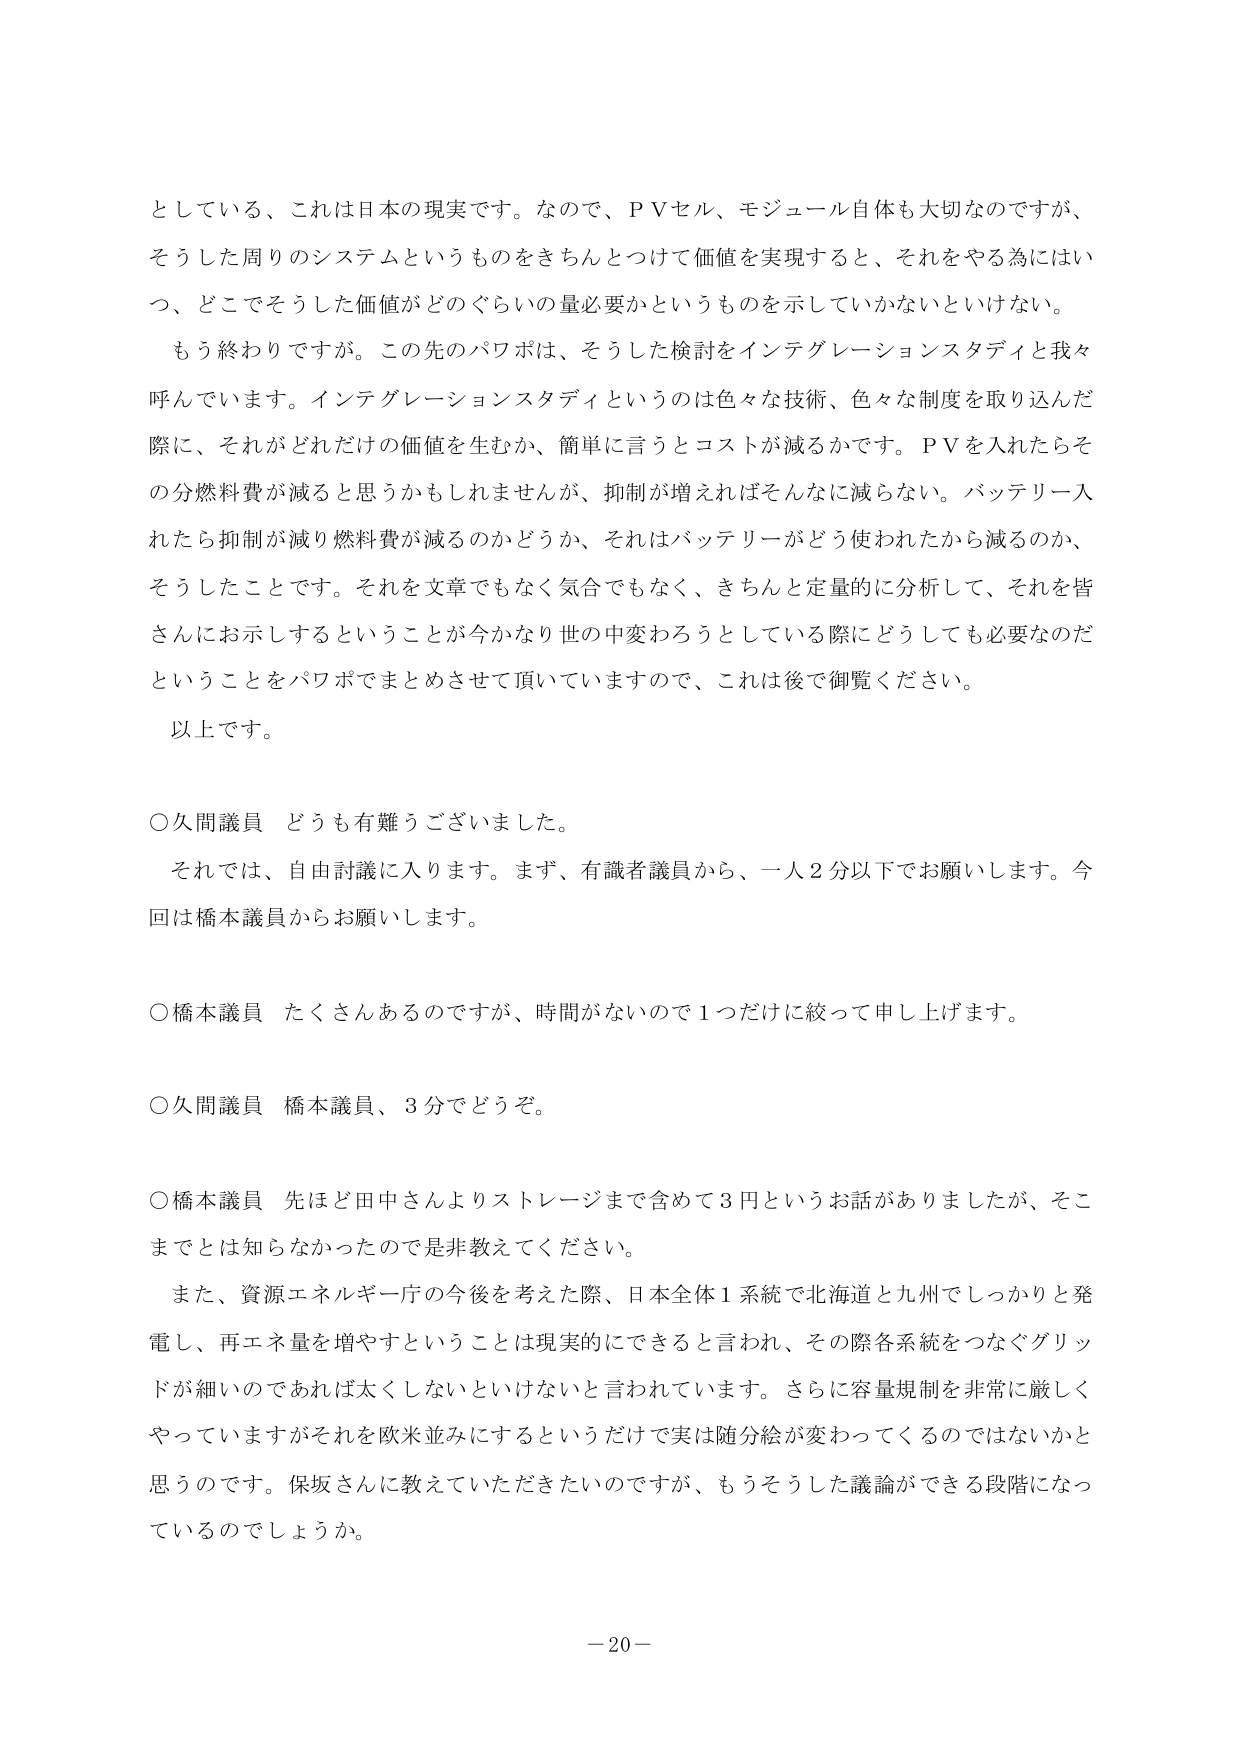
としている、これは日本の現実です。なので、ＰＶセル、モジュール自体も大切なのですが、
そうした周りのシステムというものをきちんとつけて価値を実現すると、それをやる為にはい
つ、どこでそうした価値がどのぐらいの量必要かというものを示していかないといけない。
もう終わりですが。この先のパワポは、そうした検討をインテグレーションスタディと我々
呼んでいます。インテグレーションスタディというのは色々な技術、色々な制度を取り込んだ
際に、それがどれだけの価値を生むか、簡単に言うとコストが減るかです。ＰＶを入れたらそ
の分燃料費が減ると思うかもしれませんが、抑制が増えればそんなに減らない。バッテリー入
れたら抑制が減り燃料費が減るのかどうか、それはバッテリーがどう使われたから減るのか、
そうしたことです。それを文章でもなく気合でもなく、きちんと定量的に分析して、それを皆
さんにお示しするということが今かなり世の中変わろうとしている際にどうしても必要なのだ
ということをパワポでまとめさせて頂いていますので、これは後で御覧ください。
以上です。

○久間議員 どうも有難うございました。
それでは、自由討議に入ります。まず、有識者議員から、一人２分以下でお願いします。今
回は橋本議員からお願いします。

○橋本議員 たくさんあるのですが、時間がないので１つだけに絞って申し上げます。

○久間議員 橋本議員、３分でどうぞ。

○橋本議員 先ほど田中さんよりストレージまで含めて３円というお話がありましたたが、そこ
までとは知らなかったので是非教えてください。
また、資源エネルギー庁の今後を考えた際、日本全体１系統で北海道と九州でしっかりと発
電し、再エネ量を増やすということは現実的にできると言われ、その際各系統をつなぐグリッ
ドが細いのであれば太くしないといけないと言われています。さらに容量規制を非常に厳しく
やっていますがそれを欧米並みにするというだけで実は随分絵が変わってくるのではないかなと
思うのです。保坂さんに教えていただきたいのですが、もうそうした議論ができる段階になっ
ているのでしょうか。

－20－